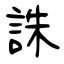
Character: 誅